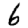
Digit: 6